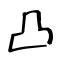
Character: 凸